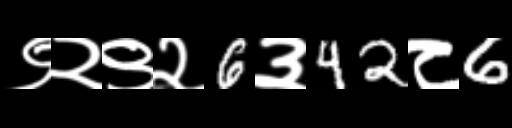
Text: ९२९२6३42८6